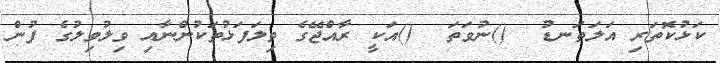
ކަޅުކޮތަރި އަލަތަނޑު  ()ނުވަތަ  ()އަކީ ރާއްޖޭގެ ތިލަފަޅުތަކުންނާއި ވިލުވިލުގެ ފުން